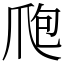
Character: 爮